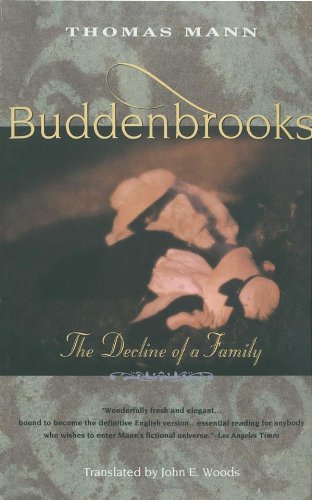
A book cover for Buddenbrooks: The Decline of a Family; Thomas Mann; Literature & Fiction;